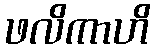
ဖလိကာဟိ